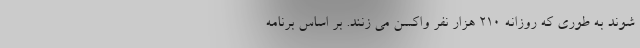
شوند به طوری که روزانه ۲۱۰ هزار نفر واکسن می زنند. بر اساس برنامه